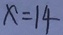
x = 1 4